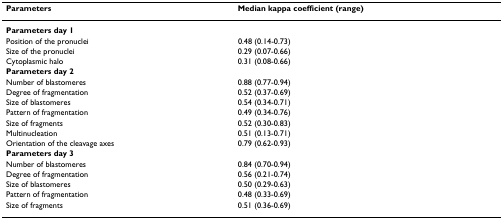
<table><thead><tr><td><b>Parameters</b></td><td><b>Median kappa coefficient (range)</b></td></tr></thead><tbody><tr><td><b>Parameters day 1</b></td><td></td></tr><tr><td>Position of the pronuclei</td><td>0.48 (0.14-0.73)</td></tr><tr><td>Size of the pronuclei</td><td>0.29 (0.07-0.66)</td></tr><tr><td>Cytoplasmic halo</td><td>0.31 (0.08-0.66)</td></tr><tr><td><b>Parameters day 2</b></td><td></td></tr><tr><td>Number of blastomeres</td><td>0.88 (0.77-0.94)</td></tr><tr><td>Degree of fragmentation</td><td>0.52 (0.37-0.69)</td></tr><tr><td>Size of blastomeres</td><td>0.54 (0.34-0.71)</td></tr><tr><td>Pattern of fragmentation</td><td>0.49 (0.34-0.76)</td></tr><tr><td>Size of fragments</td><td>0.52 (0.30-0.83)</td></tr><tr><td>Multinucleation</td><td>0.51 (0.13-0.71)</td></tr><tr><td>Orientation of the cleavage axes</td><td>0.79 (0.62-0.93)</td></tr><tr><td><b>Parameters day 3</b></td><td></td></tr><tr><td>Number of blastomeres</td><td>0.84 (0.70-0.94)</td></tr><tr><td>Degree of fragmentation</td><td>0.56 (0.21-0.74)</td></tr><tr><td>Size of blastomeres</td><td>0.50 (0.29-0.63)</td></tr><tr><td>Pattern of fragmentation</td><td>0.48 (0.33-0.69)</td></tr><tr><td>Size of fragments</td><td>0.51 (0.36-0.69)</td></tr></tbody></table>